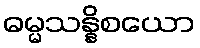
ဓမ္မသန္နိစယော